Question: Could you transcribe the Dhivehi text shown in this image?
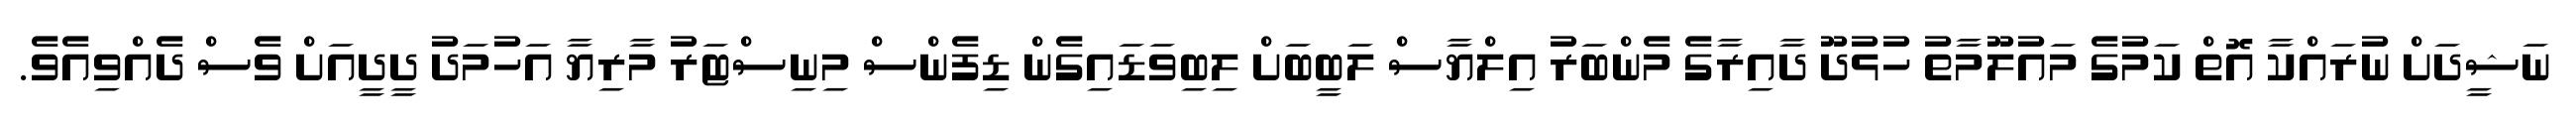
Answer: ނަޝީދަށް ނުރައްކާ އޮތް ކަމުގެ މައުލޫމާތު ހުޅުދޫ ދާއިރާގެ މެންބަރު އިލްޔާސް ލަބީބަށް ލިބިވަޑައިގެން ޑިފެންސް މިނިސްޓަރު މާރިޔާ އަހުމަދު ދީދީއަށް ވެސް ދެއްވިއެވެ.